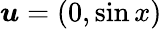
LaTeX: \boldsymbol{u}=(0,\sin x)